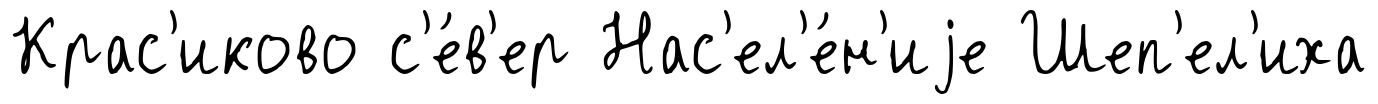
Крас'иково с'е́в'ер Нас'ел'е́н'иjе Шеп'ел'иха